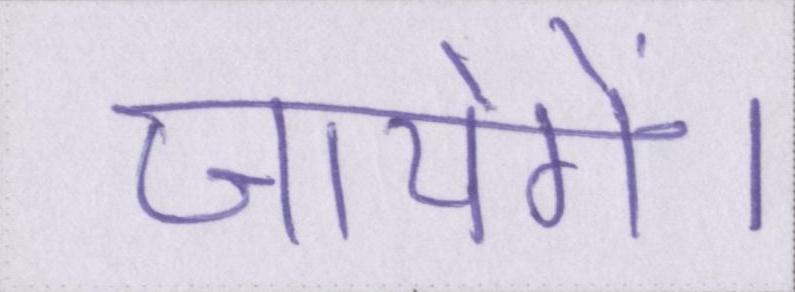
जायेगें।